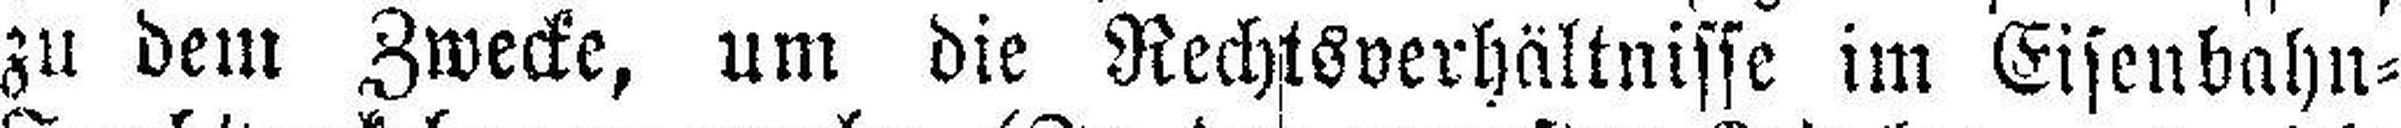
zu dem Zwecke, um die Rechtsverhältnisse im Eisenbahn=